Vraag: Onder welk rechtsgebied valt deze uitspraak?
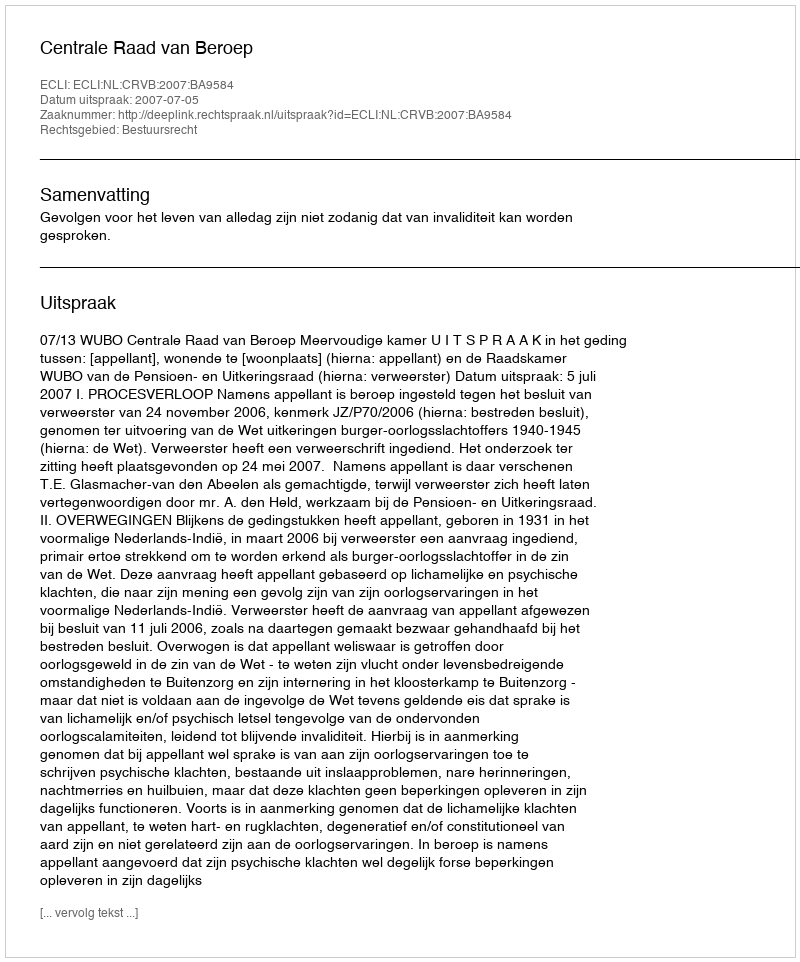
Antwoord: Bestuursrecht